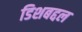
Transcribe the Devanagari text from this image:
डिशबद्दल